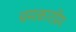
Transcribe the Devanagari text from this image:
चमत्कारप्रिय